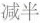
减半